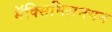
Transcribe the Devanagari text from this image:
मॅक्सिमिलनयन